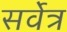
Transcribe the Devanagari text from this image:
सर्वेत्र